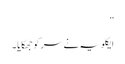
”
ایکلویہ نے سر کو جھکایا ۔